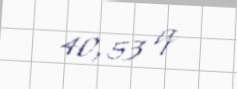
40,53 q